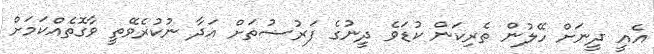
އެއީ ދީނަށް ހޭލުން ތެރިކަން ކުޑަވެ ދީނުގެ ފަރުޟުތަށް އަދާ ނުކުރެވޭތީ ވާގޮތެއްކަމަށް